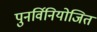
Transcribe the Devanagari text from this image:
पुनर्विनियोजित